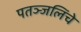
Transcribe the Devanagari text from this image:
पतञ्जलिंचे